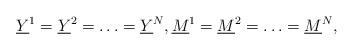
LaTeX: \begin{align*} \underline{Y}^1=\underline{Y}^2=\ldots=\underline{Y}^N,\underline{M}^1=\underline{M}^2=\ldots=\underline{M}^N,\end{align*}